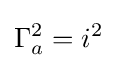
\Gamma _{a}^{2}=i^{2}~